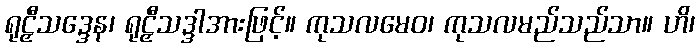
ရုဠှီသဒ္ဒေန၊ ရုဠှီသဒ္ဒါအားဖြင့်။ ကုသလမေဝ၊ ကုသလမည်သည်သာ။ ဟိ၊